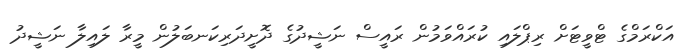
އަކްރަމްގެ ޓްވީޓަށް ރިޕްލައި ކުރައްވަމުން ރައީސް ނަޝީދުގެ ދޮށީދަރިކަނބަލުން މީރާ ލައިލާ ނަޝީދު